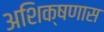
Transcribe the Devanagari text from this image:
अशिक्षणास